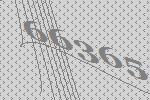
66365